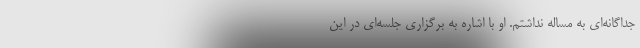
جداگانه‌ای به مساله نداشتم. او با اشاره به برگزاری جلسه‌ای در این